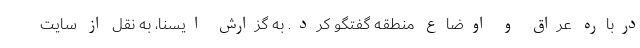
درباره عراق و اوضاع منطقه گفتگو کرد. به گزارش ایسنا، به نقل از سایت